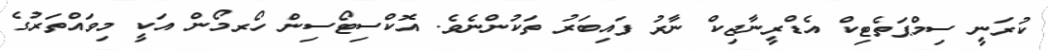
ކުރަނީ ސިމްޕަތެޓިކް އެޑްރީނާޖިކް ނާރު ފައިބަރު ތަކުންނެވެ. އޮކްސިޓޯސިން ހޯރމޯން އަކީ މިވައްތަރުގެ